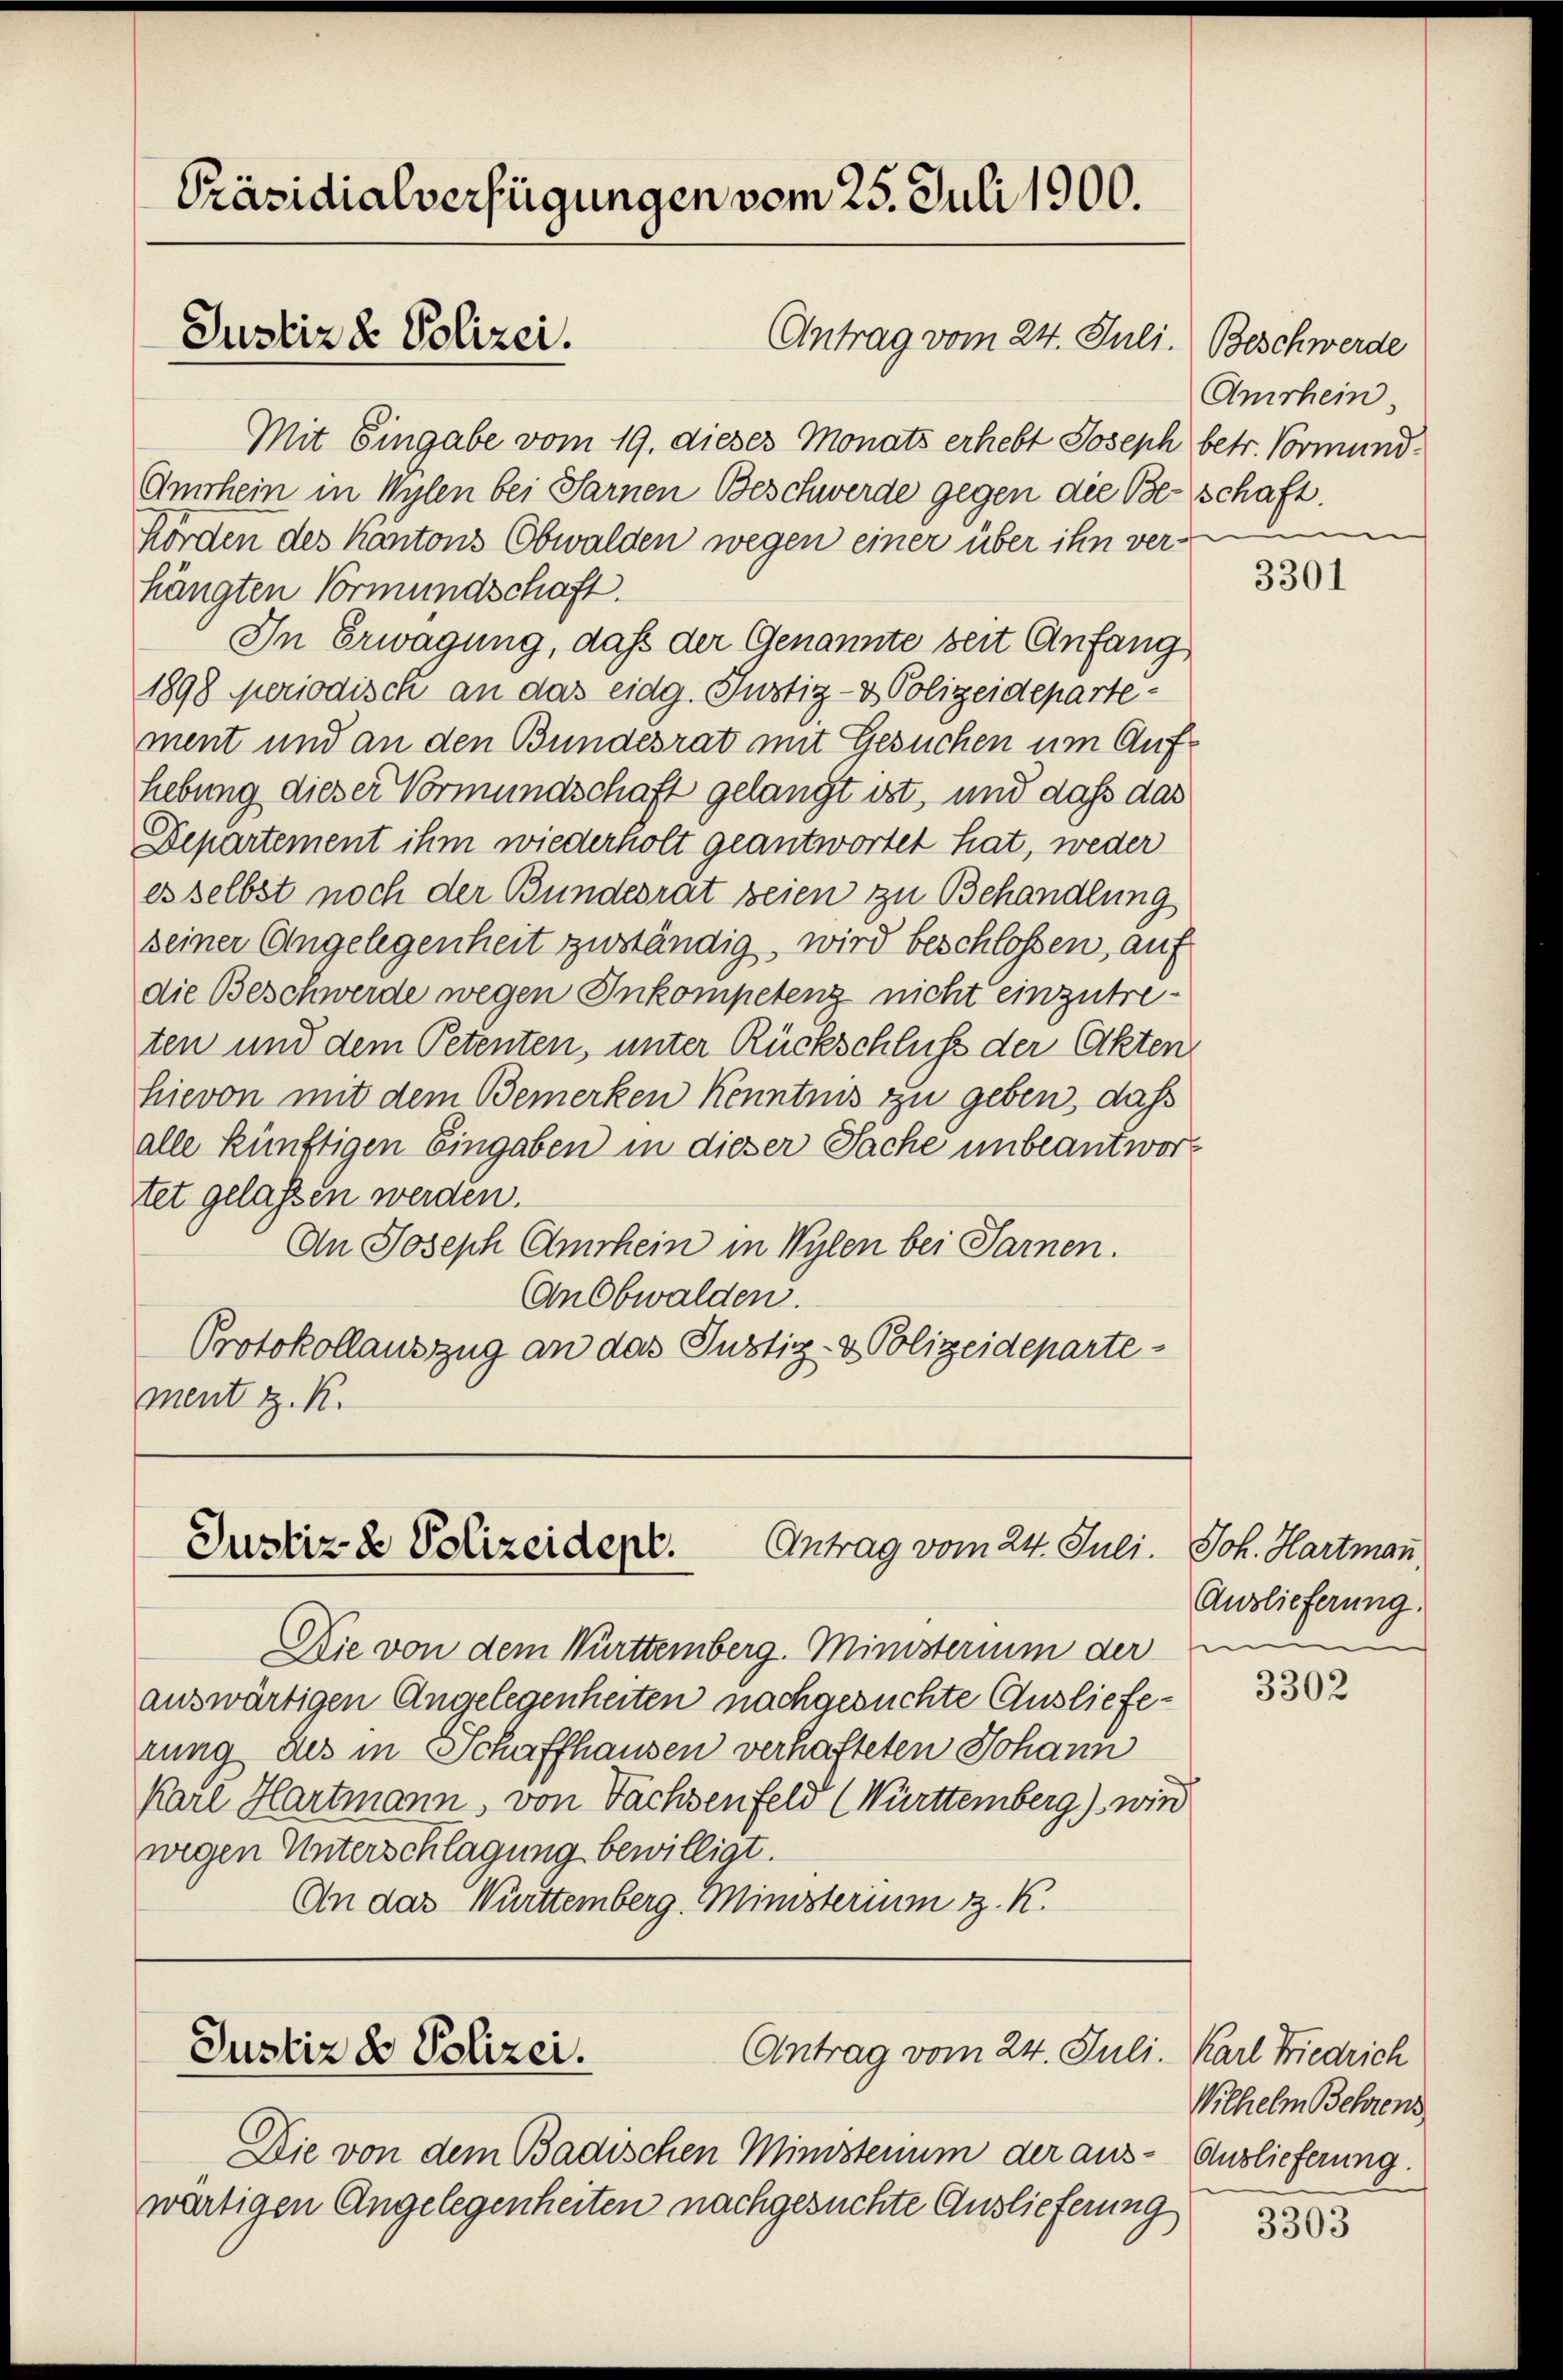
Mit Eingabe vom 19. dieses Monats erhebt Joseph betr. Vormund¬
Amrhein in Wylen bei Sarnen Beschwerde gegen die Beschaft.
Hörden des Kantons Obwalden wegen einer über ihn ver-
hängten Vormundschaft.
In Erwägung, daß der Genannte seit Anfang
1898 periodisch an das eidg. Justiz- & Polizeidepartement und an den Bundesrat mit Gesuchen um Aufhebung dieser Vormundschaft gelangt ist, und daß das
Departement ihm wiederholt geantwortet hat, weder
es selbst noch der Bundesrat seien zu Behandlung
seiner Angelegenheit zuständig, wird beschlossen, auf
die Beschwerde wegen Inkompetenz nicht einzutreten und dem Petenten, unter Rückschluß der Akten
hievon mit dem Bemerken Kenntnis zu geben, dass
alle künftigen Eingaben in dieser Sache unbeantwort
tet gelassen werden.
An Joseph Amrhein in Wylen bei Sarnen.
An Obwalden.
Protokollauszug an das Justiz- & Polizeidepartement z. K.

Präsidialverfügungen vom 25. Juli 1900.
Justiz & Polizei.
Antrag vom 24. Juli. Beschwerde

Antrag vom 24. Juli.
Justiz- & Polizeidept.

Die von dem Badischen Ministerum der aus- Auslieferung.
wärtigen Angelegenheiten nachgesuchte Auslieferung

Die von dem Württemberg. Ministerium der
auswärtigen Angelegenheiten nachgesuchte Auslieferung aus in Schaffhausen verhafteten Johann
Karl Hartmann, von Tachsenfeld (Württemberg) wird
wegen Unterschlagung bewilligt.
An das Württemberg. Ministerium z. K.

Justiz & Polizei.

Antrag vom 24. Juli. Karl Friedrich

Amrhein
n

3301

Joh. Hartmann
Auslieferung.
d

3302

Wilhelm Behrens

3303